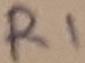
Text: R1